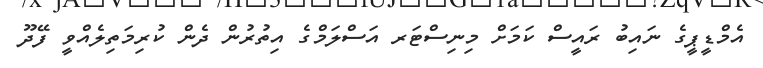
އެމްޑީޕީގެ ނައިބު ރައީސް ކަމަށް މިނިސްޓަރ އަސްލަމްގެ އިތުރުން ދެން ކުރިމަތިލެއްވީ ފޭދޫ